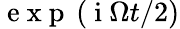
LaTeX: \mathrm{~e~x~p~}\left(\mathrm{~i~}\Omega t/2\right)